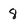
Character: 8